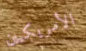
الأمريكيين